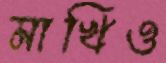
মাখিও